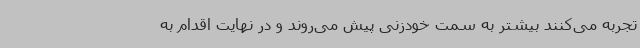
تجربه می‌کنند بیشتر به سمت خودزنی پیش می‌روند و در نهایت اقدام به